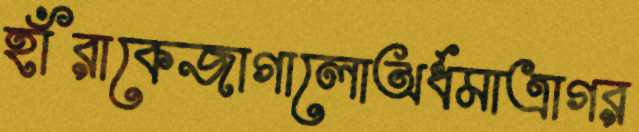
হাঁরাকেজাগালোঅর্ধমাত্রাগর